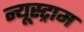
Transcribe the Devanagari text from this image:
न्यूस्ट्राम